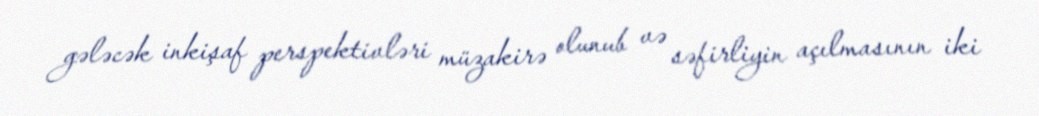
gələcək inkişaf perspektivləri müzakirə olunub və səfirliyin açılmasının iki